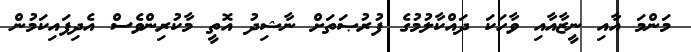
މަންމަ އާއި ނީޒާއާއި ވާހަކަ ދައްކާލުމުގެ ފުރުޞަތަށް ނާޝިދު އޮތީ މާކުރިންވެސް އެދިފައިކަމުން